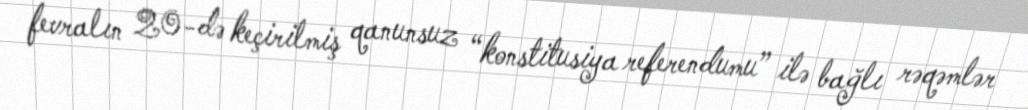
fevralın 20-də keçirilmiş qanunsuz “konstitusiya referendumu” ilə bağlı rəqəmlər